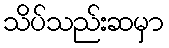
သိပ်သည်းဆမှာ